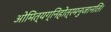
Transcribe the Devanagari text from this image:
ओमित्यग्निहोत्रमनुजानति।